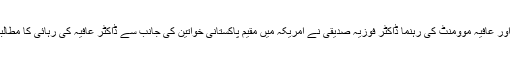
قوم کی بیٹی ڈاکٹر عافیہ کی ہمشیرہ اور عافیہ موومنٹ کی رہنما ڈاکٹر فوزیہ صدیقی نے امریکہ میں مقیم پاکستانی خواتین کی جانب سے ڈاکٹر عافیہ کی رہائی کا مطالبہ کرنے پر ان کا شکریہ ادا کیا ہے۔